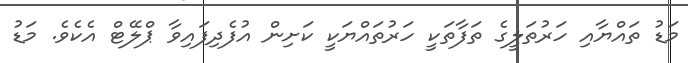
މަޑު ތައްޔާއި ހަރުތަލީގެ ތަފާތަކީ ހަރުތައްޔަކީ ކަށިން އުފެދިފައިވާ ޕްލޭޓް އެކެވެ. މަޑު